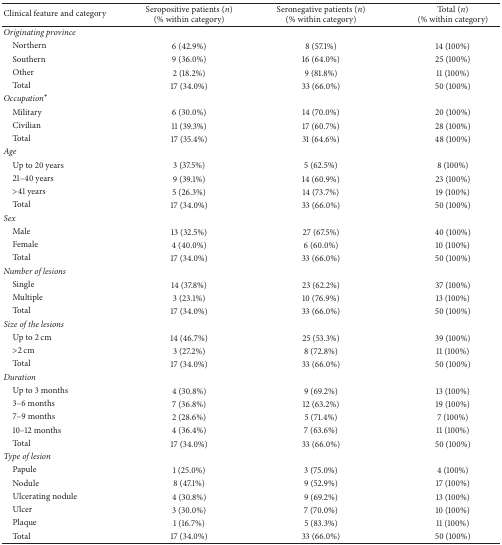
<table><thead><tr><td><b>Clinical feature and category</b></td><td><b>Seropositive patients (<i>n</i>) (% within category)</b></td><td><b>Seronegative patients (<i>n</i>) (% within category)</b></td><td><b>Total (<i>n</i>)(% within category)</b></td></tr></thead><tbody><tr><td><i>Originating province</i></td><td> </td><td> </td><td> </td></tr><tr><td> Northern</td><td>6 (42.9%)</td><td>8 (57.1%)</td><td>14 (100%)</td></tr><tr><td> Southern</td><td>9 (36.0%)</td><td>16 (64.0%)</td><td>25 (100%)</td></tr><tr><td> Other</td><td>2 (18.2%)</td><td>9 (81.8%)</td><td>11 (100%)</td></tr><tr><td> Total</td><td>17 (34.0%)</td><td>33 (66.0%)</td><td>50 (100%)</td></tr><tr><td><i>Occupation</i><sup><b>∗</b></sup></td><td> </td><td> </td><td> </td></tr><tr><td> Military</td><td>6 (30.0%)</td><td>14 (70.0%)</td><td>20 (100%)</td></tr><tr><td> Civilian</td><td>11 (39.3%)</td><td>17 (60.7%)</td><td>28 (100%)</td></tr><tr><td> Total</td><td>17 (35.4%)</td><td>31 (64.6%)</td><td>48 (100%)</td></tr><tr><td><i>Age</i></td><td> </td><td> </td><td> </td></tr><tr><td> Up to 20 years</td><td>3 (37.5%)</td><td>5 (62.5%)</td><td>8 (100%)</td></tr><tr><td> 21–40 years</td><td>9 (39.1%)</td><td>14 (60.9%)</td><td>23 (100%)</td></tr><tr><td> &gt;41 years</td><td>5 (26.3%)</td><td>14 (73.7%)</td><td>19 (100%)</td></tr><tr><td> Total</td><td>17 (34.0%)</td><td>33 (66.0%)</td><td>50 (100%)</td></tr><tr><td><i>Sex</i></td><td> </td><td> </td><td> </td></tr><tr><td> Male</td><td>13 (32.5%)</td><td>27 (67.5%)</td><td>40 (100%)</td></tr><tr><td> Female</td><td>4 (40.0%)</td><td>6 (60.0%)</td><td>10 (100%)</td></tr><tr><td> Total</td><td>17 (34.0%)</td><td>33 (66.0%)</td><td>50 (100%)</td></tr><tr><td><i>Number of lesions</i></td><td> </td><td> </td><td> </td></tr><tr><td> Single</td><td>14 (37.8%)</td><td>23 (62.2%)</td><td>37 (100%)</td></tr><tr><td> Multiple</td><td>3 (23.1%)</td><td>10 (76.9%)</td><td>13 (100%)</td></tr><tr><td> Total</td><td>17 (34.0%)</td><td>33 (66.0%)</td><td>50 (100%)</td></tr><tr><td><i>Size of the lesions</i></td><td> </td><td> </td><td> </td></tr><tr><td> Up to 2 cm</td><td>14 (46.7%)</td><td>25 (53.3%)</td><td>39 (100%)</td></tr><tr><td> &gt;2 cm</td><td>3 (27.2%)</td><td> 8 (72.8%)</td><td>11 (100%)</td></tr><tr><td> Total</td><td>17 (34.0%)</td><td>33 (66.0%)</td><td>50 (100%)</td></tr><tr><td><i>Duration</i></td><td> </td><td> </td><td> </td></tr><tr><td> Up to 3 months</td><td>4 (30.8%)</td><td>9 (69.2%)</td><td>13 (100%)</td></tr><tr><td> 3–6 months</td><td>7 (36.8%)</td><td>12 (63.2%)</td><td>19 (100%)</td></tr><tr><td> 7–9 months</td><td>2 (28.6%)</td><td>5 (71.4%)</td><td>7 (100%)</td></tr><tr><td> 10–12 months</td><td>4 (36.4%)</td><td>7 (63.6%)</td><td>11 (100%)</td></tr><tr><td> Total</td><td>17 (34.0%)</td><td>33 (66.0%)</td><td>50 (100%)</td></tr><tr><td><i>Type of lesion</i></td><td> </td><td> </td><td> </td></tr><tr><td> Papule</td><td>1 (25.0%)</td><td>3 (75.0%)</td><td>4 (100%)</td></tr><tr><td> Nodule</td><td>8 (47.1%)</td><td>9 (52.9%)</td><td>17 (100%)</td></tr><tr><td> Ulcerating nodule</td><td>4 (30.8%)</td><td>9 (69.2%)</td><td>13 (100%)</td></tr><tr><td> Ulcer</td><td>3 (30.0%)</td><td>7 (70.0%)</td><td>10 (100%)</td></tr><tr><td> Plaque</td><td>1 (16.7%)</td><td> 5 (83.3%)</td><td> 11 (100%)</td></tr><tr><td> Total</td><td>17 (34.0%)</td><td>33 (66.0%)</td><td> 50 (100%)</td></tr></tbody></table>